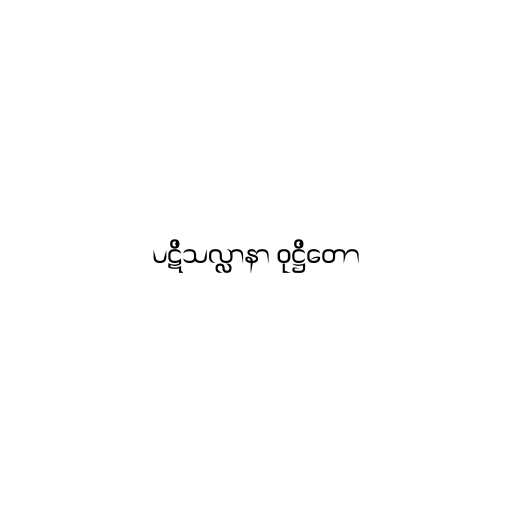
ပဋိသလ္လာနာ ဝုဋ္ဌိတော